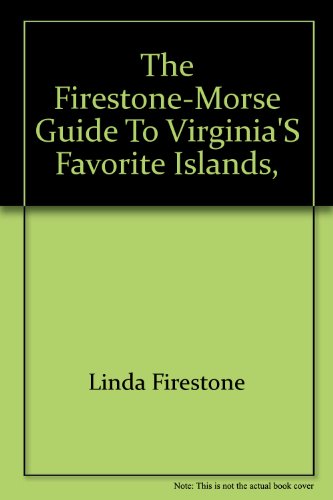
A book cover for The Firestone-Morse guide to Virginia's favorite islands, Chincoteague and Assateague; Linda Firestone; Travel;